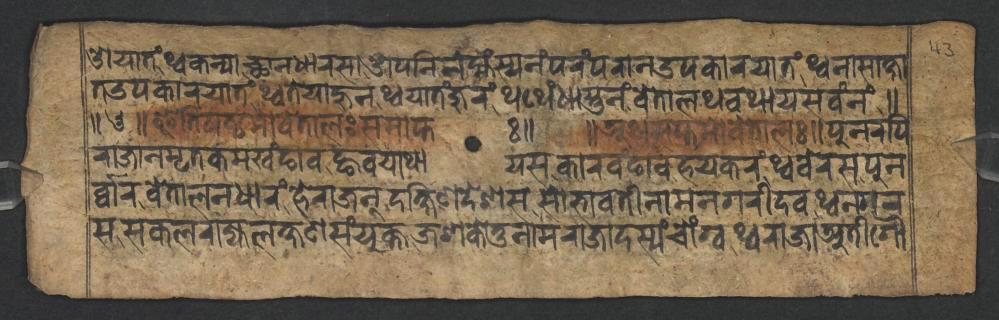
𑐌𑐫𑐵𑐟𑑄𑐠𑑂𑐰𑐎𑐣𑑂𑐫𑐵𑐕𑐵𑐣𑐢𑐵𑐬𑐳𑐵𑐌𑐥𑐣𑐶𑐣𑐾𑐩𑑂𑐴𑑄𑐳𑑂𑐫𑐣𑑄𑐥𑐬𑑄𑐥𑐬𑐵𑐣𑑁𑐥𑐎𑐵𑐬𑐫𑐵𑐟𑑄𑐠𑑂𑐰𑐣𑐵𑐳𑐵𑐎𑑂𑐲𑐵 𑐟𑑁𑐥𑐎𑐵𑐬𑐫𑐵𑐟𑑄𑐠𑑂𑐰𑐟𑐾𑐫𑐵𑐴𑐸𑐣𑐠𑑂𑐰𑐫𑐵𑐟𑑄𑐖𑐸𑐬𑑄𑐠𑐠𑐾𑑄𑐢𑐵𑐳𑑂𑐟𑐸𑐣𑑄𑐰𑐾𑐟𑐵𑐮𑐠𑐰𑐠𑐵𑐫𑐳𑐰𑑄𑐣𑑄𑑌 𑑌𑑓𑑌𑐂𑐟𑐶𑐲𑐲𑑂𑐛𑐩𑑀𑐰𑐾𑐟𑐵𑐮𑑅𑐳𑐩𑐵𑐥𑑂𑐟𑑅𑑌 𑑌𑐀𑐠𑐳𑐥𑑂𑐟𑐩𑑀𑐰𑐾𑐟𑐵𑐮𑑅𑑌𑐥𑐸𑐣𑐬𑐥𑐶 𑐬𑐵𑐖𑐵𑐣𑐩𑐺𑐟𑐎𑐩𑐏𑑄𑐒𑐵𑐰𑐒𑑂𑐴𑐰𑐫𑐵𑐠𑐵𑐫𑐳𑐎𑐵𑐬𑐰𑑄𑐒𑐵𑐰𑐴𑐫𑐎𑐬𑑄𑐠𑑂𑐰𑐧𑐾𑐬𑐳𑐥𑐸𑐣 𑐬𑑂𑐰𑑂𑐰𑐵𑐬𑐰𑐾𑐟𑐵𑐮𑐣𑐢𑐵𑐬𑑄𑐴𑐾𑐬𑐵𑐖𑐣𑑂𑐡𑐎𑑂𑐲𑐶𑐞𑐡𑐾𑐱𑐳𑐳𑑀𑐨𑐵𑐰𑐟𑐷𑐣𑐵𑐩𑐣𑐐𑐬𑐷𑐡𑐰𑐠𑑂𑐰𑐣𑐐𑐬 𑐳𑐳𑐎𑐮𑐬𑐵𑐖𑑂𑐫𑐮𑐎𑑂𑐲𑐞𑐳𑑄𑐫𑐸𑐎𑑂𑐟𑐖𑐱𑐎𑐾𑐟𑐸𑐣𑐵𑐩𑐬𑐵𑐖𑐵𑐡𑐳𑑂𑐫𑑄𑐔𑑀𑑄𑐐𑑂𑐰𑐠𑑂𑐰𑐬𑐵𑐖𑐵𑐀𑐟𑐷𑐐𑑁